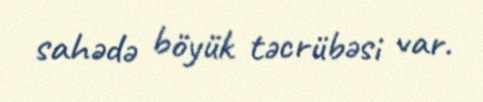
sahədə böyük təcrübəsi var.